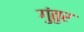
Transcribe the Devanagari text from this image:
गुंतुर